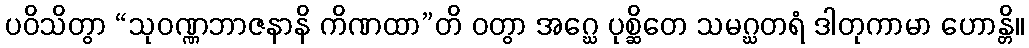
ပဝိသိတွာ “သုဝဏ္ဏဘာဇနာနိ ကိဏထာ”တိ ဝတွာ အဂ္ဃေ ပုစ္ဆိတေ သမဂ္ဃတရံ ဒါတုကာမာ ဟောန္တိ။